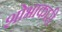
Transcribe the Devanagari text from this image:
शोभाकारी